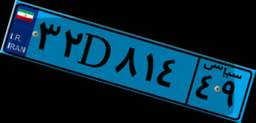
۳۲D۸۱۴۴۹